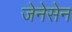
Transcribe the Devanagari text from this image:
जेनेसेन